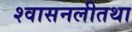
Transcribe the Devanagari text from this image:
श्वासनलीतथा